Scientific memoirs by medical officers of the Army of India - Part III,
Year: 1887
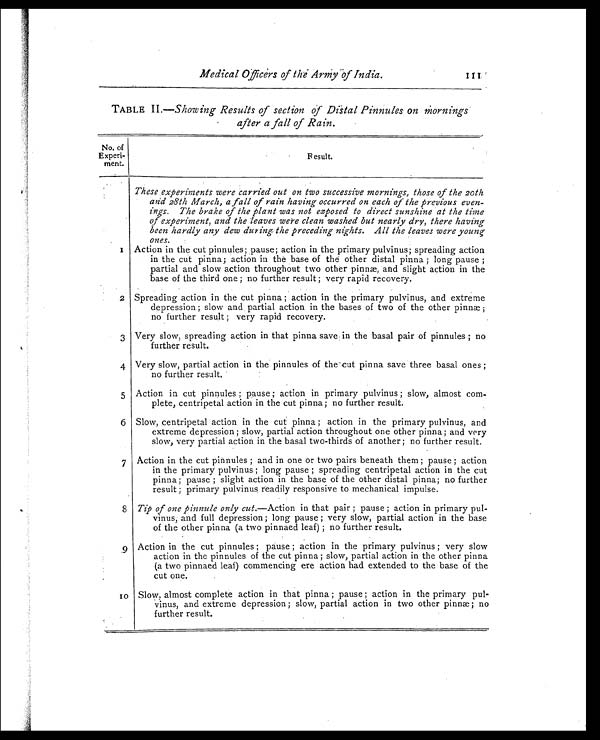
Medical Officers of the Army of
111.
TABLE II.—Showing Results of section of Distal Pinnules on Mornings
after a fall of Rain.
No. of
Experi -
ment.
R e s u l t .
T These experi ments were carri ed out on two successi ve morni ngs, those of the 20th
and 28th March, a fall of rain having occurred on each of the previous even-
ings. The brake of the plant was not exposed to direct sunshine at the time
of experiment, and the leaves were clean washed but nearly dry, there having
been hardly any dew during the preceding nights. All the leaves were young
ones.
1
Action in the cut pinnules; pause; action in the primary pulvinus; spreading action
in the cut pinna; action in the base of the other distal pinna ; long pause ;
partial and slow action throughout two other pinnæ, and slight action in the
base of the third one ; no further result ; very rapid recovery.
2 Spreading action in the cut pinna ; action in the primary pulvinus, and extreme
depression ; slow and, partial action in the bases of two of the other pinnæ ;
no further result ; very rapid recovery.
3 Very slow, spreading action in that pinna save in the basal pair of pinnules ; no
further result.
4 Very slow, partial action in the pinnules of the cut pinna save three basal ones ;
no further result.
5 Action in cut pinnules ; pause ; action in primary pulvinus ; slow, almost com-
plete, centripetal action in the cut pinna; no further result.
6 Slow, centripetal action in the cut pinna ; action in the primary pulvinus, and
extreme depression ; slow, partial action throughout one other pinna ; and very
slow, very partial action in the basal two-thirds of another ; no further result.
7 Action in the cut pinnules ; and in one or two pairs beneath them ; pause ; action
in the primary pulvinus ; long pause; spreading centripetal action in the cut
pinna ; pause ; slight action in the base of the other distal pinna; no further
result ; primary pulvinus readily responsive to mechanical impulse.
8 Tip of one pinnule only cut.—Action in that pair ; pause ; action in primary pul-
vinus, and full depression ; long pause ; very slow, partial action in the base
of the other pinna (a two pinnaed leaf) ; no further result.
9 Action in the cut pinnules ; pause ; action in the primary pulvinus ; very slow
action in the pinnules of the cut pinna ; slow, partial action in the other pinna
(a two pinnaed leaf) commencing ere action had extended to the base of the
cut one.
1 0
i
Slow, almost complete action in that pinna ; pause ; action in the primary pul-
vinus, and extreme depression ; slow, partial action in two other pinnæ ; no
further result.